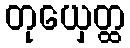
တုယှေတ္ထ